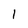
Character: 1